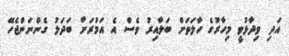
އަދި ވިދާޅުވީ މިހާރުގެ ހާލަތަށް ބަލާއިރު ވެސް އެ އަމުރަށް ބަދަލު ގެންނަންޖެހޭ